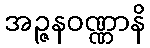
အဉ္ဇနဝဏ္ဏာနိ